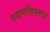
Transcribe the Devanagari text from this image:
नयणविस्तार